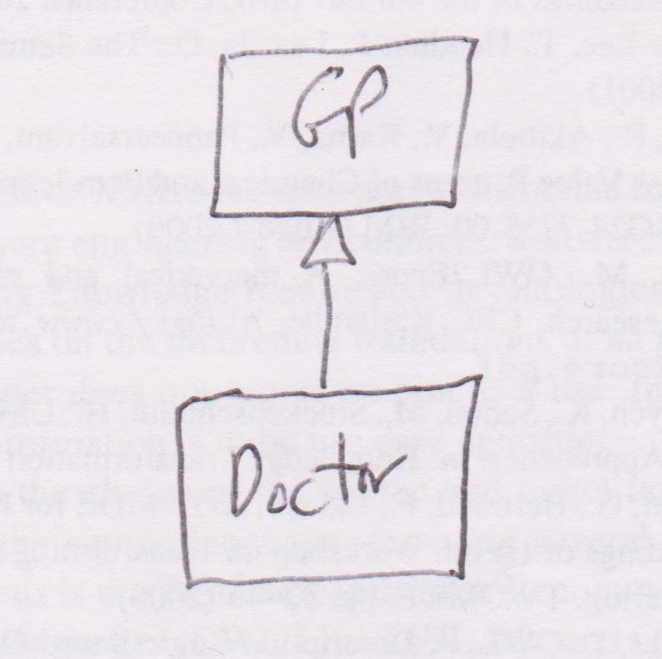
Diagram type: class_diagram
```plantuml
@startuml

class GP

class Doctor extends GP

@enduml
```